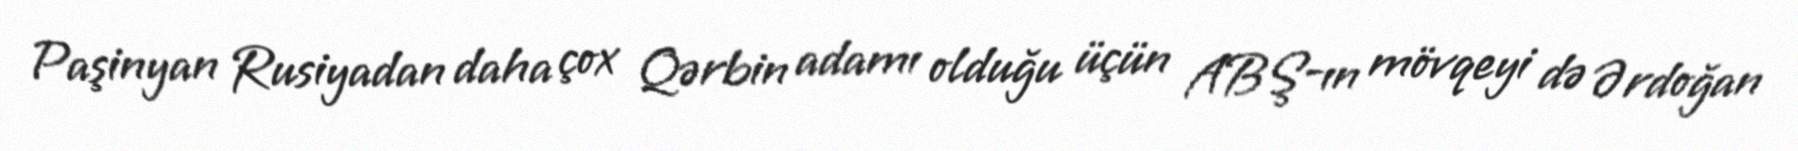
Paşinyan Rusiyadan daha çox Qərbin adamı olduğu üçün ABŞ-ın mövqeyi də Ərdoğan